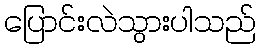
ပြောင်းလဲသွားပါသည်